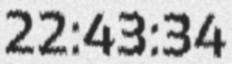
22:43:34